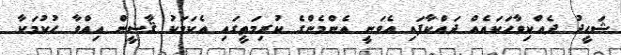
ޝަހީދު ދެއްކިވާހަކައެއް ދައްކާފައި އެވަނީ އެންމެންގެ ކުރިމަތީގައި އެކަމަކު ޤާޟީން އިއްވާ ޙުކުމަކާ